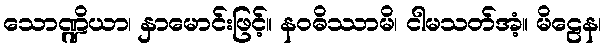
သောဏ္ဍိယာ၊ နှာမောင်းဖြင့်။ နဝဓိဿာမိ၊ ငါမသတ်အံ့။ မိဠေန၊